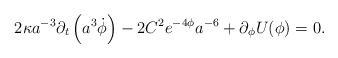
LaTeX: \begin{align*}2\kappa a^{-3} \partial_t \left( a^3 \dot \phi \right) - 2 C^2 e^{-4\phi} a^{-6} + \partial_\phi U(\phi) = 0.\end{align*}